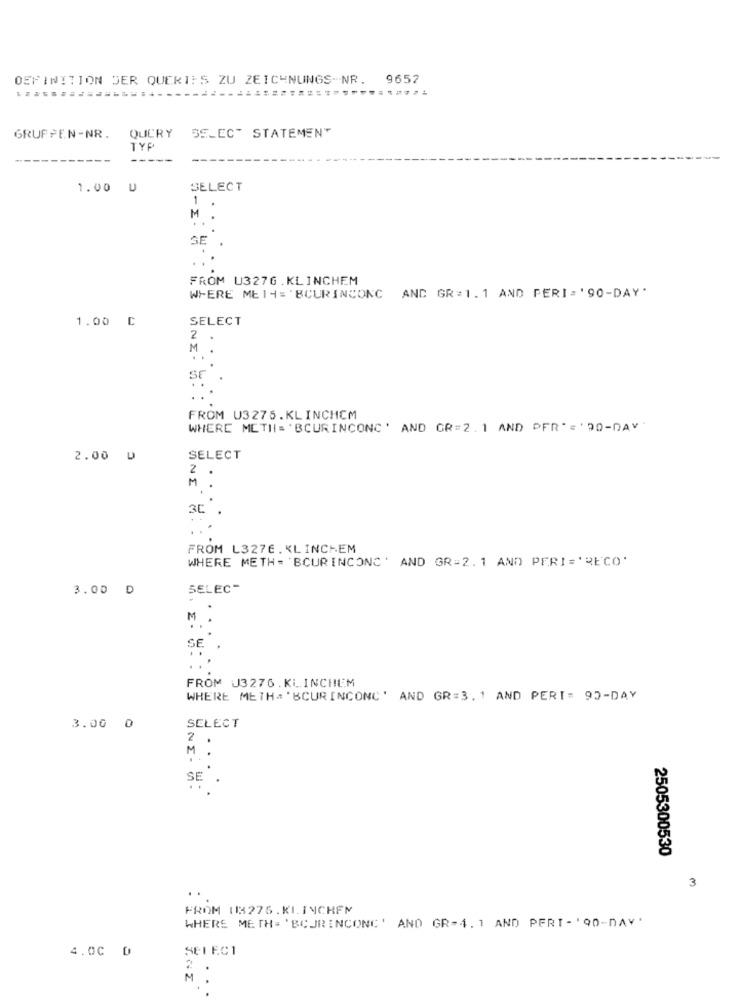
DEFINITION DER QUERIES ZU ZEICHNUNGS-NR. 9652
QUERY
SELECT STATEMENT
GRUPPEN-NR.
TYP
1.00 U
SELECT
-
.
M
SE
FROM U3276.KLINCHEM
WHERE MEI4='BCURINCONC ANC GR=1.1 AND PERI = ' 90-DAY'
SELECT
1.00 C
2
NE-
S
FROM U3275.KLINCHCM
WHERE METH= 'BCURINCONC' AND GR=2.1 AND PER' = ' 90-DAY'
2.00 0
SELECT
.
NI H: :
FROM L327E. KL INCHEM
WHERE METH= 'BCURINCONC' AND GR=2.1 AND PERI='RECO'
3.00 D
SELEC-
M
FROM J3276. KLINCHEM
WHERE METH= 'BCURINCONC' AND GR=3. 1 AND PERI= 93-DAY
3.00 0
SELECT
2
M
.
SE
2505300530
3
FROM 13276.KLINCHEN
WHERE METH= 'BCURINCONC' AND GR-4. 1 AND PERT- '90-DAY'
4.00 D
SELECT
2
.
M